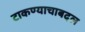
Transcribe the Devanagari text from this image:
टाकण्याचाबदल